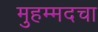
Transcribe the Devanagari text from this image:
मुहम्मदचा